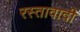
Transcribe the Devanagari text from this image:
रस्तावादी